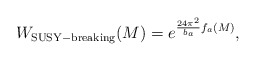
\begin{align*}W_{\rm SUSY-breaking}(M)=e^{{24\pi^2\over b_a}f_a(M)},\end{align*}